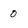
Character: 0